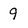
Character: 9